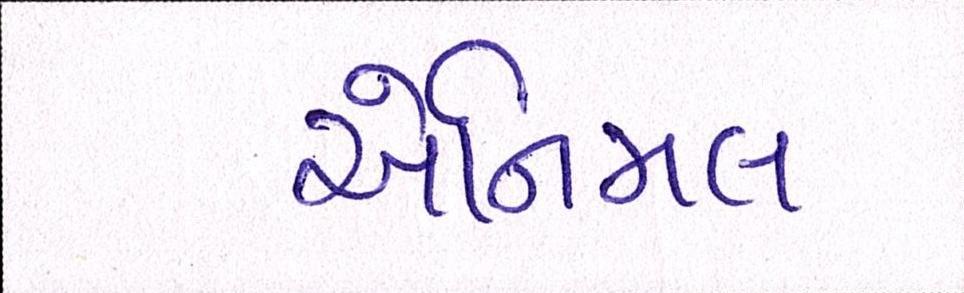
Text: એનિમલ